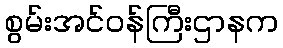
စွမ်းအင်ဝန်ကြီးဌာနက